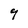
Character: 9